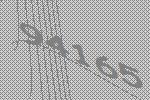
94165